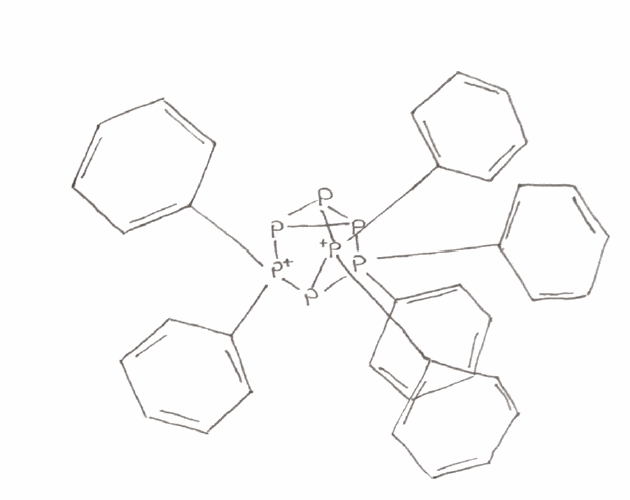
Simplified molecular-input line-entry system (SMILES) notation of the given molecule:
C1=CC=C(C=C1)[P+]2(P3P4P3[P+](P2[P+]4(C5=CC=CC=C5)C6=CC=CC=C6)(C7=CC=CC=C7)C8=CC=CC=C8)C9=CC=CC=C9